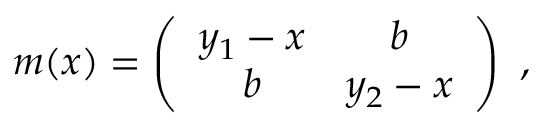
m ( x ) = \left( \begin{array} { c c } { { y _ { 1 } - x } } & { { b } } \\ { { b } } & { { y _ { 2 } - x } } \end{array} \right) ~ ,